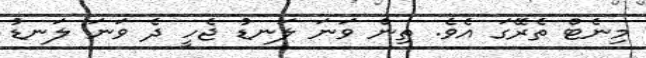
މިނެޓް ތެރޭގަ އެވެ. ތިން ވަނަ ލަނޑު ޖެހީ ދެ ވަނަ ލަނޑު